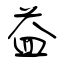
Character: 益